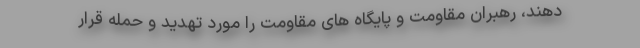
دهند، رهبران مقاومت و پایگاه های مقاومت را مورد تهدید و حمله قرار